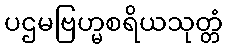
ပဌမဗြဟ္မစရိယသုတ္တံ